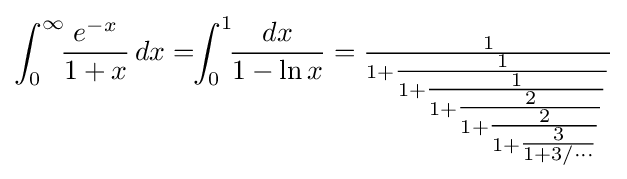
\int _{0}^{\infty }\!\!{\frac {e^{-x}}{1+x}}\,dx=\!\!\int _{0}^{1}\!\!{\frac {dx}{1-\ln x}}={\tfrac {1}{1+{\tfrac {1}{1+{\tfrac {1}{1+{\tfrac {2}{1+{\tfrac {2}{1+{\tfrac {3}{1+3{/\cdots }}}}}}}}}}}}}